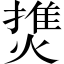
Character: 𤍐